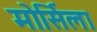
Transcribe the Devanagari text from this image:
मोर्सिला